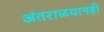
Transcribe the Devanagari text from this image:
अंतराळयानही